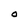
Character: O